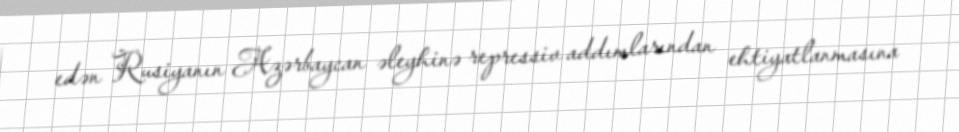
edən Rusiyanın Azərbaycan əleyhinə repressiv addımlarından ehtiyatlanmasına